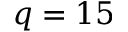
q = 1 5